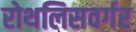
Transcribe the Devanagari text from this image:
रोथलिसवर्गर